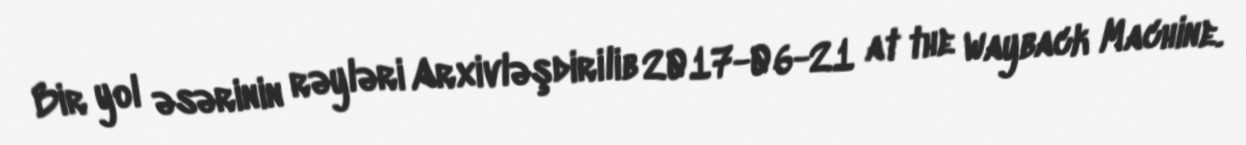
Bir yol əsərinin rəyləri Arxivləşdirilib 2017-06-21 at the Wayback Machine.